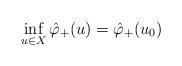
LaTeX: \begin{align*}\inf_{u\in X}\hat\varphi_+(u)=\hat\varphi_+(u_0)\end{align*}